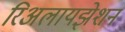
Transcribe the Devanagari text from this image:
रिअलायझेशन